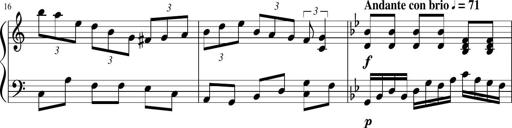
Title: Sonatina in F major
Composer: Ethan Ngo
Key: F major